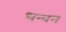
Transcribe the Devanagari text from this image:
धन्वन